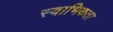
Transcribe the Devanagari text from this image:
स्वाभिकता